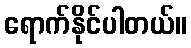
ရောက်နိုင်ပါတယ်။